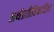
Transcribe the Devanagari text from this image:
अर्थप्रतीतिकारिता